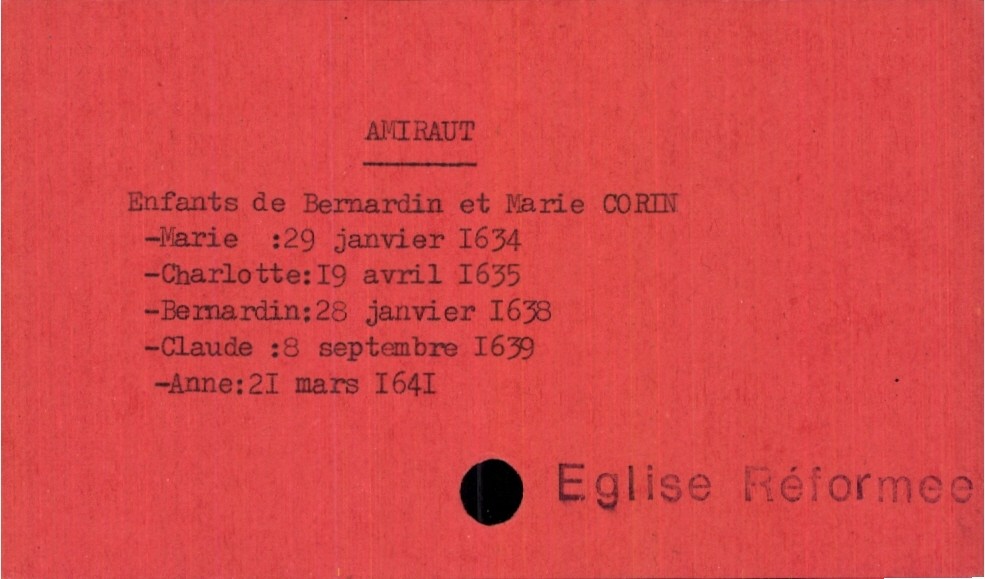
type_acte: Baptême
observations: Eglise Réformee
filiation: fille
enfant_prénom: Anne
enfant_date_de_naissance: 21 mars 1641
père_enfant_nom: Amiraut
père_enfant_prénom: Bernardin
mère_enfant_nom: Corin
mère_enfant_prénom: Marie